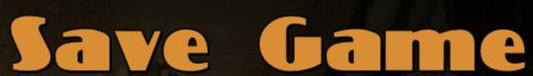
Save Game